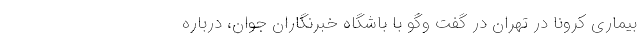
بیماری کرونا در تهران در گفت وگو با باشگاه خبرنگاران جوان، درباره